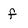
Character: f